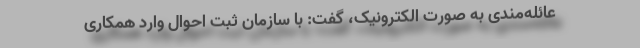
عائله‌مندی به صورت الکترونیک، گفت: با سازمان ثبت احوال وارد همکاری